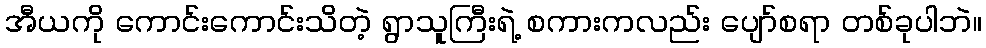
အီယကို ကောင်းကောင်းသိတဲ့ ရွာသူကြီးရဲ့ စကားကလည်း ပျော်စရာ တစ်ခုပါဘဲ။